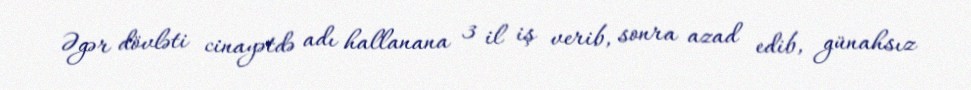
Əgər dövləti cinayətdə adı hallanana 3 il iş verib, sonra azad edib, günahsız